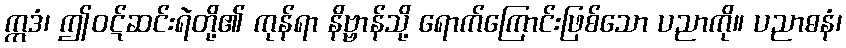
ဣဒံ၊ ဤဝဋ်ဆင်းရဲတို့၏ ကုန်ရာ နိဗ္ဗာန်သို့ ရောက်ကြောင်းဖြစ်သော ပညာကို။ ပညာဓနံ၊